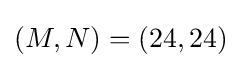
(M,N)=(24,24)